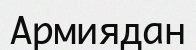
Армиядан